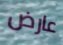
عارض